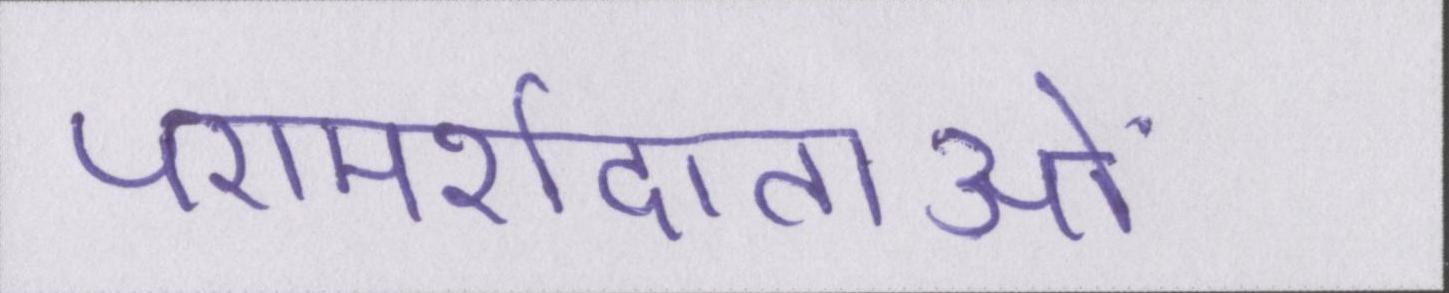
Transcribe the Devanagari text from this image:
परामर्शदाताओं